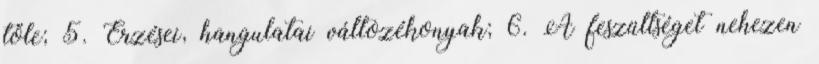
tőle; 5. Érzései, hangulatai változékonyak; 6. A feszültséget nehezen